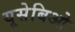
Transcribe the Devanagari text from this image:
यूसेबिओ